Language: tamil
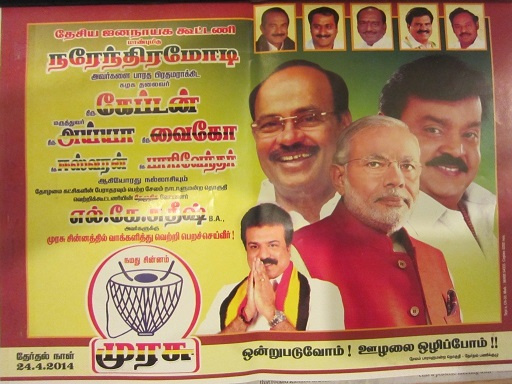
Transcription: பாரத தேர்தல் ஜனநாயக கூட்டணி வைகோ நல்லாசியும் சின்னத்தில் சின்னம் நாள் ஒழிப்போம் அய்யா எல் கே தேசிய வெற்றி கேப்டன் நரேந்திரமோடி வாக்களித்து ஊழலை ஒன்றுபடுவோம் முரசு